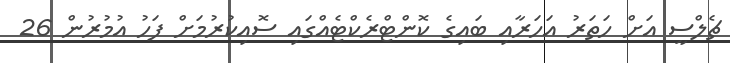
ޗެލްސީ އަށް ހަތަރު އަހަރާއި ބައިގެ ކޮންޓްރެކްޓެއްގައި ސޮއިކުރުމަށް ފަހު އުމުރުން 26